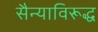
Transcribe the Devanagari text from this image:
सैन्याविरूद्ध